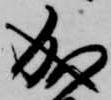
成